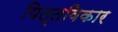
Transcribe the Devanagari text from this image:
पित्तविकार